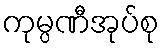
ကုမ္ပဏီအုပ်စု